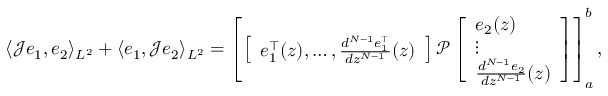
\begin{array} { r } { \langle \mathcal { J } e _ { 1 } , e _ { 2 } \rangle _ { L ^ { 2 } } + \langle e _ { 1 } , \mathcal { J } e _ { 2 } \rangle _ { L ^ { 2 } } = \left[ \left[ \begin{array} { l } { e _ { 1 } ^ { \top } ( z ) , \ldots , \frac { d ^ { N - 1 } e _ { 1 } ^ { \top } } { d z ^ { N - 1 } } ( z ) } \end{array} \right] \mathcal { P } \left[ \begin{array} { l } { e _ { 2 } ( z ) } \\ { \vdots } \\ { \frac { d ^ { N - 1 } e _ { 2 } } { d z ^ { N - 1 } } ( z ) } \end{array} \right] \right] _ { a } ^ { b } , } \end{array}